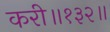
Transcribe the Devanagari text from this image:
करी॥१३२॥